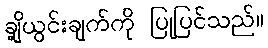
ချို့ယွင်းချက်ကို ပြုပြင်သည်။